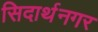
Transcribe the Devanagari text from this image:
सिदार्थनगर